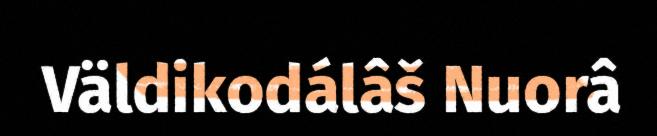
Väldikodálâš Nuorâ